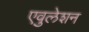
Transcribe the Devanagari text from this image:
एवुलेशन